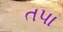
તપા